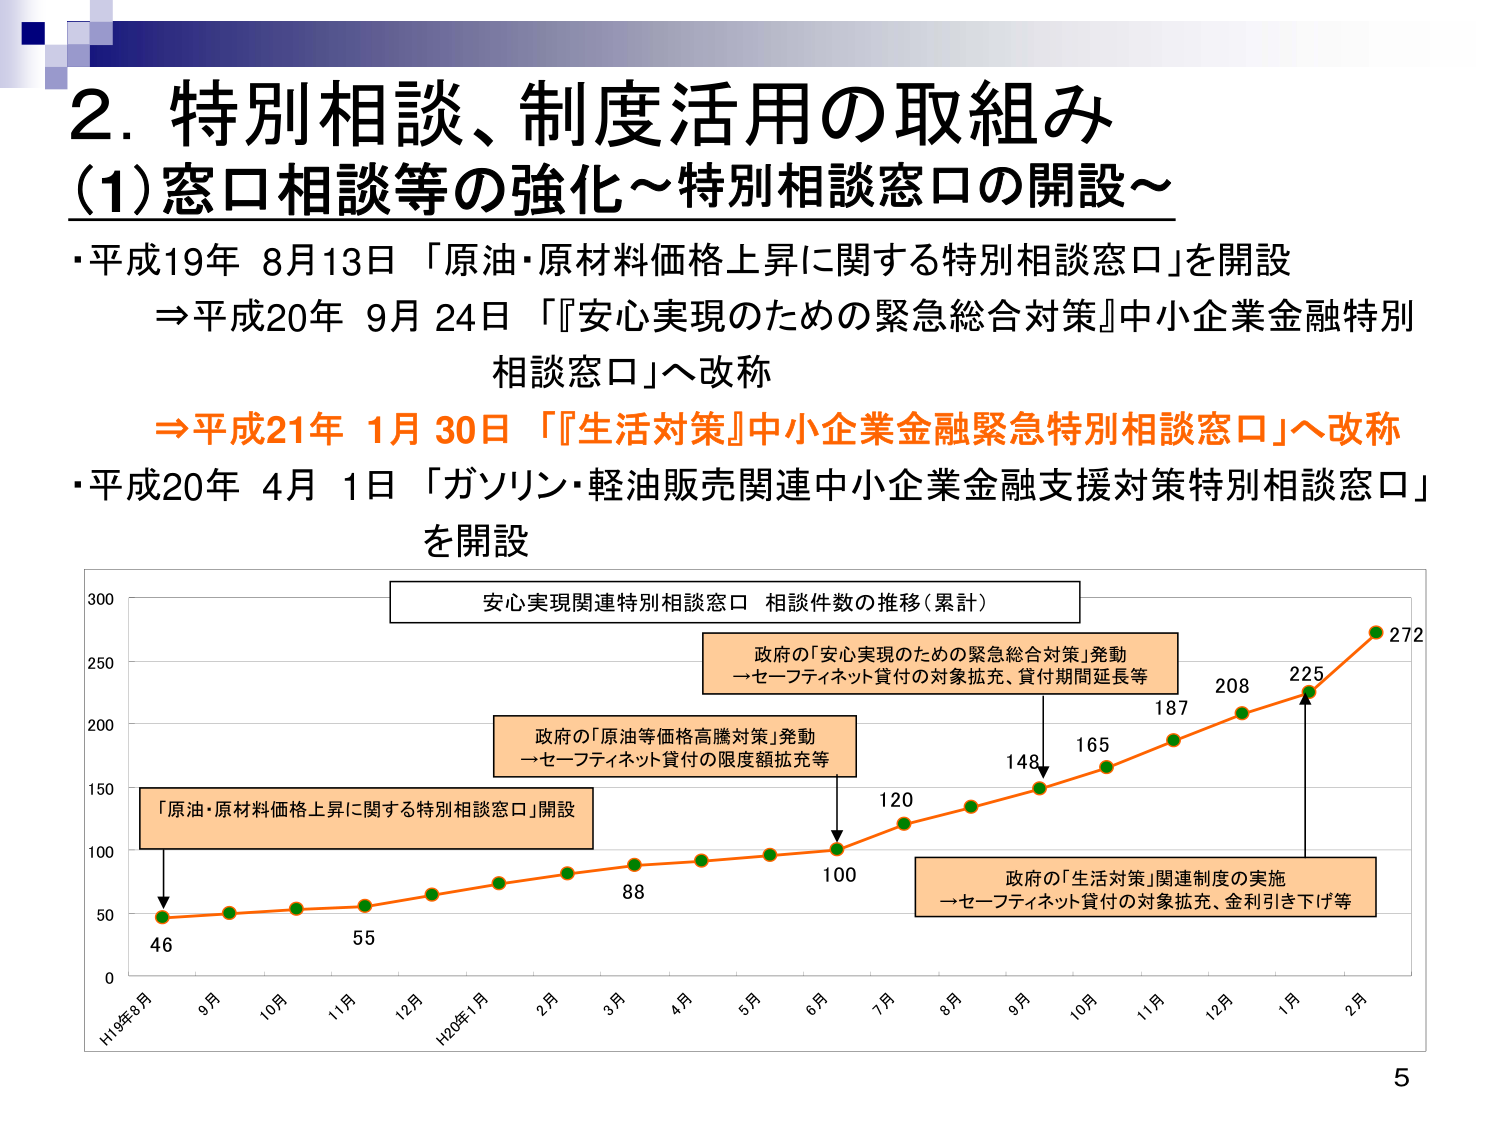
2. 特別相談、制度活用の取組み
(1) 窓口相談等の強化～特別相談窓口の開設～
・平成19年 8月13日 「原油・原材料価格上昇に関する特別相談窓口」を開設
　⇒平成20年 9月24日 「『安心実現のための緊急総合対策』中小企業金融特別相談窓口」へ改称
　⇒平成21年 1月30日 「『生活対策』中小企業金融緊急特別相談窓口」へ改称
・平成20年 4月1日 「ガソリン・軽油販売関連中小企業金融支援対策特別相談窓口」を開設

安心実現関連特別相談窓口 相談件数の推移（累計）
「原油・原材料価格上昇に関する特別相談窓口」開設
政府の「原油等価格高騰対策」発動
→セーフティネット貸付の限度額拡充等
政府の「安心実現のための緊急総合対策」発動
→セーフティネット貸付の対象拡充、貸付期間延長等
政府の「生活対策」関連制度の実施
→セーフティネット貸付の対象拡充、金利引き下げ等

H19年8月 9月 10月 11月 12月 H20年1月 2月 3月 4月 5月 6月 7月 8月 9月 10月 11月 12月 1月 2月
46 55 88 100 120 148 165 187 208 225 272

5